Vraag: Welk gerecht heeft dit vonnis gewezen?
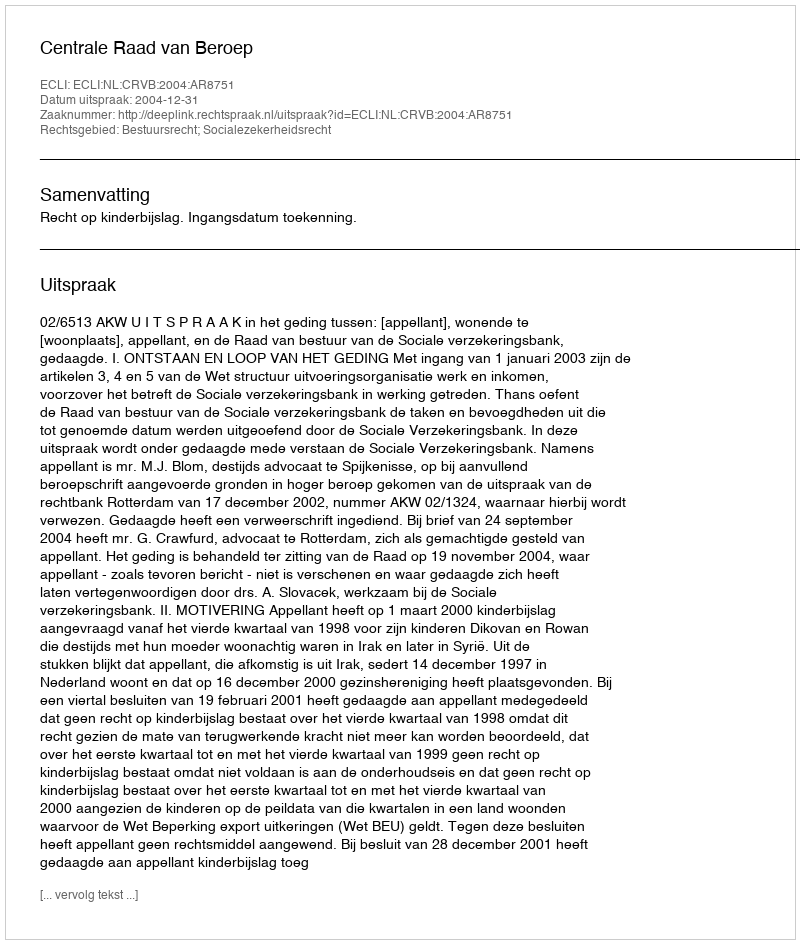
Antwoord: Centrale Raad van Beroep